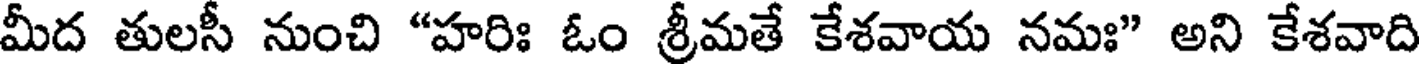
మీద తులసీ నుంచి "హరిః ఓం శ్రీమతే కేశవాయ నమః" అని కేశవాది